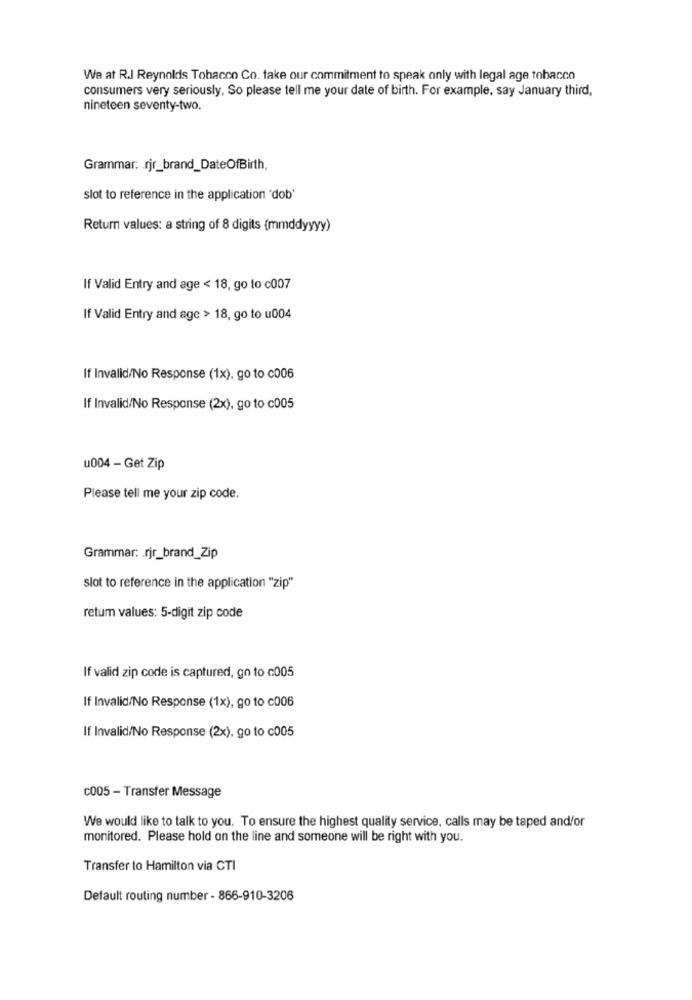
We at R.J Reynolds Tobacco Co. take our commitment to speak only with legal age tobacco
consumers very seriously, So please tell me your date of birth. For example, say January third,
nineteen seventy-two,
Grammar: rjr_brand_DateOfBirth,
slot to reference in the application 'dob'
Return values: a string of 8 digits (mmddyyyy)
If Valid Entry and age < 18, go to c007
If Valid Entry and age > 18, go to u004
If Invalid/No Response (1x), go to c006
If Invalid/No Response (2x), go to c005
u004 - Get Zip
Please tell me your zip code.
Grammar: rjr_brand_Zip
slot to reference in the application "zip"
retum values: 5-digit zip code
If valid zip code is captured, go to c005
If Invalid/No Response (1x), go to c006
If Invalid/No Response (2x), go to c005
c005 - Transfer Message
We would like to talk to you. To ensure the highest quality service, calls may be taped and/or
monitored. Please hold on the line and someone will be right with you.
Transfer to Hamilton via CTI
Default routing number - 866-910-3206